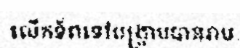
លើកទ័ពទៅបង្ក្រាបបានរាប